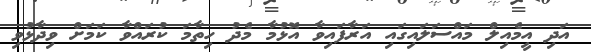
އަދި އީމެއިލް މައްސަލައިގައި އަރާފައިވާ އޮޅުމާ މެދު ހިތާމަ ކުރައްވާ ކަމަށް ވިދާޅުވި